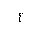
Letter: _ayn